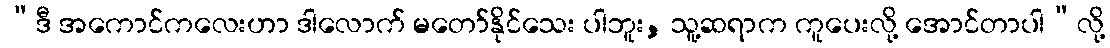
“ဒီ အကောင်ကလေးဟာ ဒါလောက် မတော်နိုင်သေး ပါဘူး, သူ့ဆရာက ကူပေးလို့ အောင်တာပါ”လို့